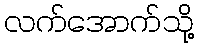
လက်အောက်သို့